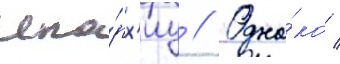
епа́рх'иу // Одна́ко /